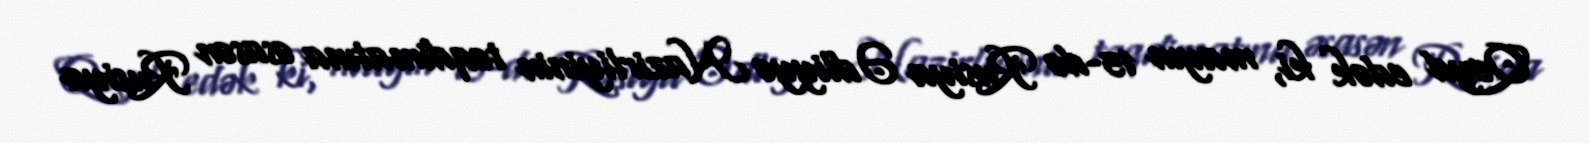
Qeyd edək ki, mayın 15-də Rusiya Ədliyyə Nazirliyinin təqdimatına əsasən Rusiya